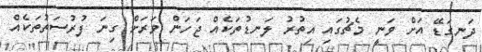
ދަނގަޑޭ އަށް ވަނީ މެޗުގައި އިތުރު ލަނޑުތަކެއް ޖަހަން ވަރަށް ގިނަ ފުރުސަތުތަކެއް